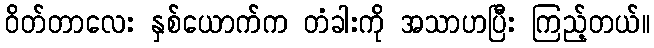
ဝိတ်တာလေး နှစ်ယောက်က တံခါးကို အသာဟပြီး ကြည့်တယ်။